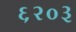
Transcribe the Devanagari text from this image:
६२०३